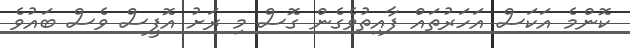
ކޮންމެ އަކަސް އަހަރުތައް ފާއިތުވެގެން ގޮސް މި ރަށު އޮފީސް ވެސް ބައުވެ